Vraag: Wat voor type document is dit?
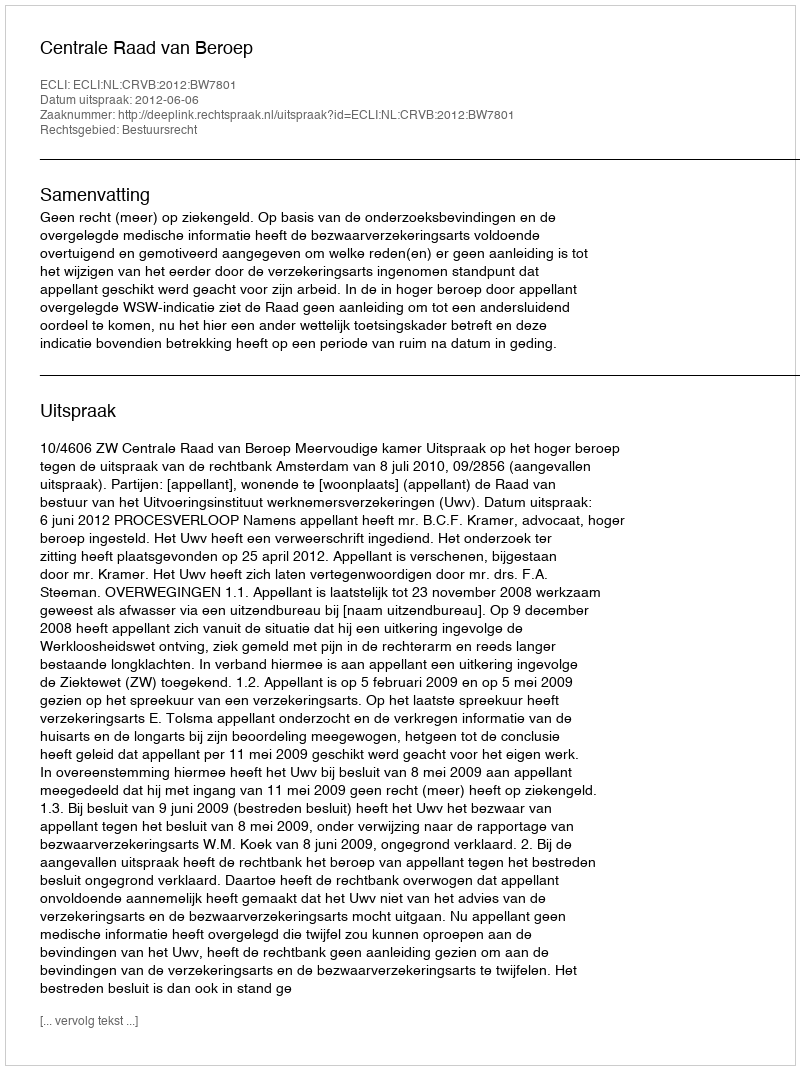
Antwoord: Uitspraak